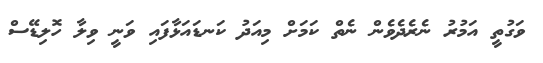
ވަގުތީ އަމުރު ނެރެދެވެން ނެތް ކަމަށް މިއަދު ކަނޑައަޅާފައި ވަނީ ވިލާ ހޮލިޑޭސް